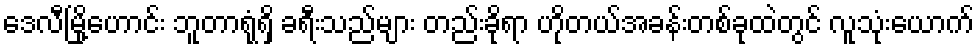
ဒေလီမြို့ဟောင်း ဘူတာရုံရှိ ခရီးသည်များ တည်းခိုရာ ဟိုတယ်အခန်းတစ်ခုထဲတွင် လူသုံးယောက်